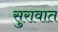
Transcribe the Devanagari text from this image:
सुरावात